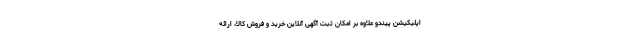
اپلیکیشن پیندو علاوه بر امکان ثبت آگهی آنلاین خرید و فروش کالا، ارائه